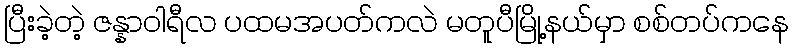
ပြီးခဲ့တဲ့ ဇန္နာဝါရီလ ပထမအပတ်ကလဲ မတူပီမြို့နယ်မှာ စစ်တပ်ကနေ